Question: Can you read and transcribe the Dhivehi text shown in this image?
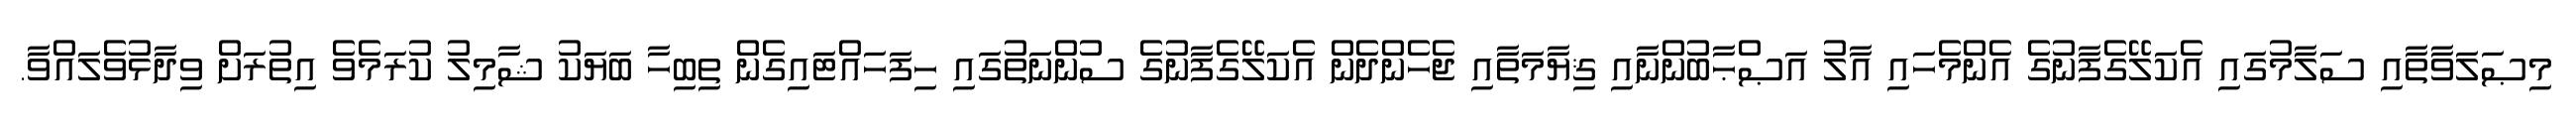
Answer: މިޞަލަވާތާއި ސަލާމުގައި އެކަލޭގެފާނުގެ އެންމެހައި އާލު އަޞްޙާބުންނާއި ޤިޔާމަތާއި ޖެހެންދެން އެކަލޭގެފާނުގެ ސުންނަތުގައި ހިފަހައްޓައިގެން ތިބިހާ ބަޔަކު ޝާމިލު ކުރަމެވެ އިތުރަށް ވިދާޅުވެލައްވާ.